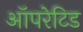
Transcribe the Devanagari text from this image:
ऑपरेटिड